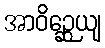
အာဝိဉ္ဆေယျ